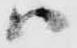
ハ